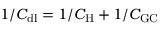
1 / C _ { \mathrm { d l } } = 1 / C _ { \mathrm { H } } + 1 / C _ { \mathrm { G C } }